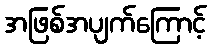
အဖြစ်အပျက်ကြောင့်